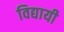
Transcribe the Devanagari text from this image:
विद्यायी